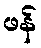
ဖန်